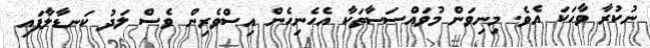
ނުކުރާ ވާހަކަ އެވެ. މިނިވަން މުވައްސަސާތަކާ އެހެނިހެން އިސްވެރިން ވެސް ލަދު ކަނޑާލާފައި